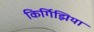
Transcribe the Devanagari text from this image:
किर्गिझिया